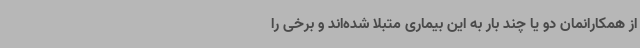
از همکارانمان دو یا چند بار به این بیماری متبلا شده‌اند و برخی را